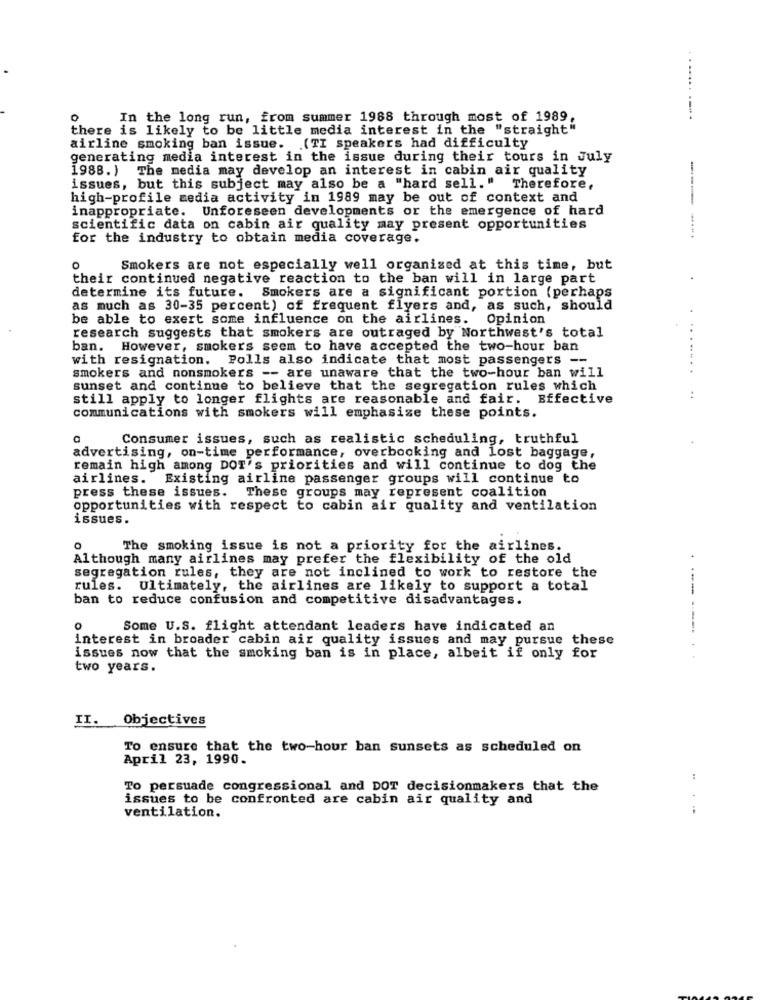
In the long run, from summer 1988 through most of 1989,
there is likely to be little media interest in the "straight"
airline smoking ban issue. (TI speakers had difficulty
generating media interest in the issue during their tours in July
1988.) The media may develop an interest in cabin air quality
issues, but this subject may also be a "hard sell." Therefore,
high-profile media activity in 1989 may be out of context and
inappropriate. Unforeseen developments or the emergence of hard
scientific data on cabin air quality may present opportunities
for the industry to obtain media coverage.
0
Smokers are not especially well organized at this time, but
their continued negative reaction to the ban will in large part
determine its future. Smokers are a significant portion (perhaps
as much as 30-35 percent) of frequent flyers and, as such, should
be able to exert some influence on the airlines.
Opinion
research suggests that smokers are outraged by Northwest's total
ban. However, smokers seem to have accepted the two-hour ban
with resignation. Polls also indicate that most passengers --
smokers and nonsmokers -- are unaware that the two-hour ban will
sunset and continue to believe that the segregation rules which
still apply to longer flights are reasonable and fair. Effective
communications with smokers will emphasize these points.
Consumer issues, such as realistic scheduling, truthful
advertising, on-time performance, overbooking and lost baggage,
remain high among DOT's priorities and will continue to dog the
airlines. Existing airline passenger groups will continue to
press these issues. These groups may represent coalition
opportunities with respect to cabin air quality and ventilation
issues.
O
The smoking issue is not a priority for the airlines.
Although many airlines may prefer the flexibility of the old
4
segregation rules, they are not inclined to work to restore the
rules. Ultimately, the airlines are likely to support a total
---
ban to reduce confusion and competitive disadvantages.
0
Some U.S. flight attendant leaders have indicated an
interest in broader cabin air quality issues and may pursue these
issues now that the smoking ban is in place, albeit if only for
two years.
II.
Objectives
To ensure that the two-hour ban sunsets as scheduled on
April 23, 1990.
To persuade congressional and DOT decisionmakers that the
issues to be confronted are cabin air quality and
-.-
ventilation.